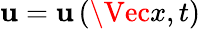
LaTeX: \mathbf{u}=\mathbf{u}\left(\Vec{x},t\right)